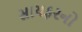
સાયફરનો